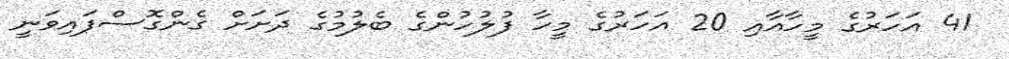
41 އަހަރުގެ މީހާއާއި 20 އަހަރުގެ މީހާ ފުލުހުންގެ ބެލުމުގެ ދަށަށް ގެންގޮސްފައިވަނީ